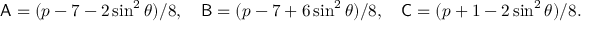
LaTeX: { \sf A } = ( p - 7 - 2 \sin ^ { 2 } \theta ) / 8 , \ \ \ { \sf B } = ( p - 7 + 6 \sin ^ { 2 } \theta ) / 8 , \ \ \ { \sf C } = ( p + 1 - 2 \sin ^ { 2 } \theta ) / 8 .